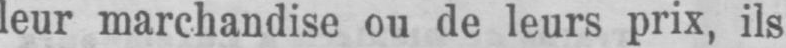
leur marchandise ou de leurs prix, ils